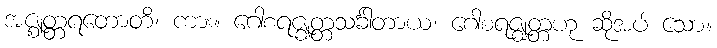
အဇ္ဈတ္တရတောတိ၊ ကား။ ဂေါစရဇ္ဈတ္တသင်္ခါတာယ၊ ဂေါစရဇ္ဈတ္တဟု ဆိုအပ် သော။